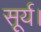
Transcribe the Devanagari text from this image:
सूर्य।